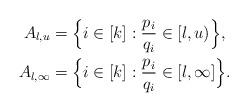
LaTeX: \begin{align*}A_{l,u} & = \Big\{ i \in [k]: \frac{p_i}{q_i} \in [l,u) \Big\}, \\A_{l,\infty} & = \Big\{ i \in [k]: \frac{p_i}{q_i} \in [l,\infty] \Big\}.\end{align*}